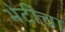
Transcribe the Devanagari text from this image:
भेटींचा